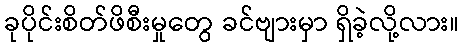
ခုပိုင်းစိတ်ဖိစီးမှုတွေ ခင်ဗျားမှာ ရှိခဲ့လို့လား။